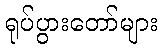
ရုပ်ပွားတော်များ